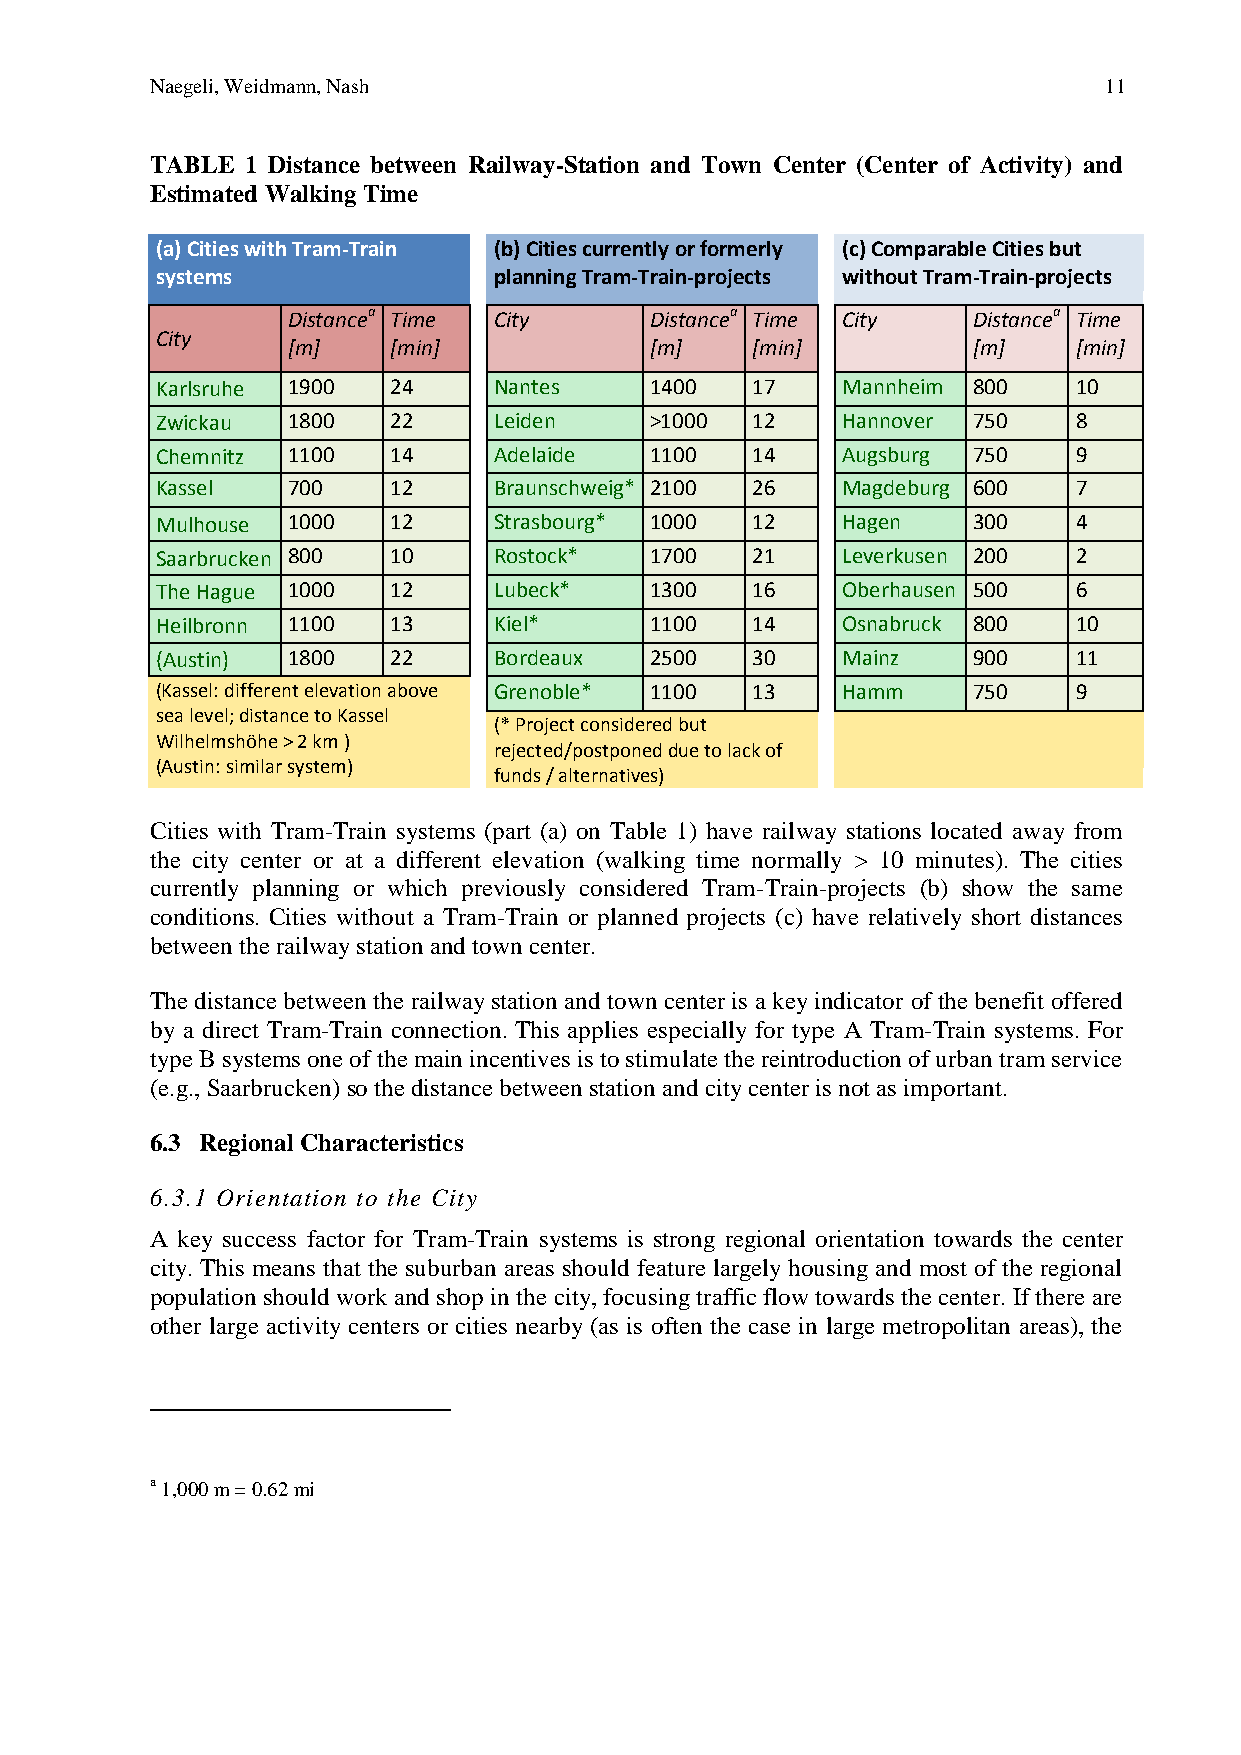
Naegeli, Weidmann, Nash                                        11
 TABLE 1 Distance between Railway-Station and Town Center (Center of Activity) and
 Estimated Walking Time
 (a) Cities with Tram-Train (b) Cities currently or formerly (c) Comparable Cities but
 systems                planning Tram-Train-projects without Tram-Train-projects
 Distancea Time City     Distancea Time City  Distancea Time
 City
 [m]    [min]            [m]    [min]         [m]    [min]
 Karlsruhe 1900  24     Nantes    1400   17    Mannheim 800   10
 Zwickau  1800   22     Leiden    >1000  12    Hannover 750   8
 Chemnitz 1100   14     Adelaide  1100   14    Augsburg 750   9
 Kassel   700    12     Braunschweig* 2100 26  Magdeburg 600  7
 Mulhouse 1000   12     Strasbourg* 1000 12    Hagen   300    4
 Saarbrucken 800 10     Rostock*  1700   21    Leverkusen 200 2
 The Hague 1000  12     Lubeck*   1300   16    Oberhausen 500 6
 Heilbronn 1100  13     Kiel*     1100   14    Osnabruck 800  10
 (Austin) 1800   22     Bordeaux  2500   30    Mainz   900    11
 (Kassel: different elevation above Grenoble* 1100 13 Hamm 750 9
 sea level; distance to Kassel
 (* Project considered but
 Wilhelmshöhe > 2 km )
 rejected/postponed due to lack of
 (Austin: similar system)
 funds / alternatives)
 Cities with Tram-Train systems (part (a) on Table 1) have railway stations located away from
 the city center or at a different elevation (walking time normally > 10 minutes). The cities
 currently planning or which previously considered Tram-Train-projects (b) show the same
 conditions. Cities without a Tram-Train or planned projects (c) have relatively short distances
 between the railway station and town center.
 The distance between the railway station and town center is a key indicator of the benefit offered
 by a direct Tram-Train connection. This applies especially for type A Tram-Train systems. For
 type B systems one of the main incentives is to stimulate the reintroduction of urban tram service
 (e.g., Saarbrucken) so the distance between station and city center is not as important.
 6.3 Regional Characteristics
 6.3.1 Orientation to the City
 A key success factor for Tram-Train systems is strong regional orientation towards the center
 city. This means that the suburban areas should feature largely housing and most of the regional
 population should work and shop in the city, focusing traffic flow towards the center. If there are
 other large activity centers or cities nearby (as is often the case in large metropolitan areas), the
 a 1,000 m = 0.62 mi